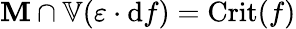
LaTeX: \mathbf{M}\cap\mathbb{{V}}(\varepsilon\cdot\mathrm{{d}}f)={\mathrm{{Crit}}}(f)